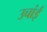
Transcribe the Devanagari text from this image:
उचांई